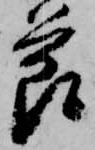
節